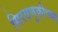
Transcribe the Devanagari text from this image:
मिरवणुकीच्या